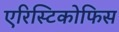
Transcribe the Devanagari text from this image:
एरिस्टिकोफिस